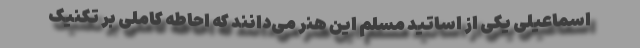
اسماعیلی یکی از اساتید مسلم این هنر می‌دانند که احاطه کاملی بر تکنیک